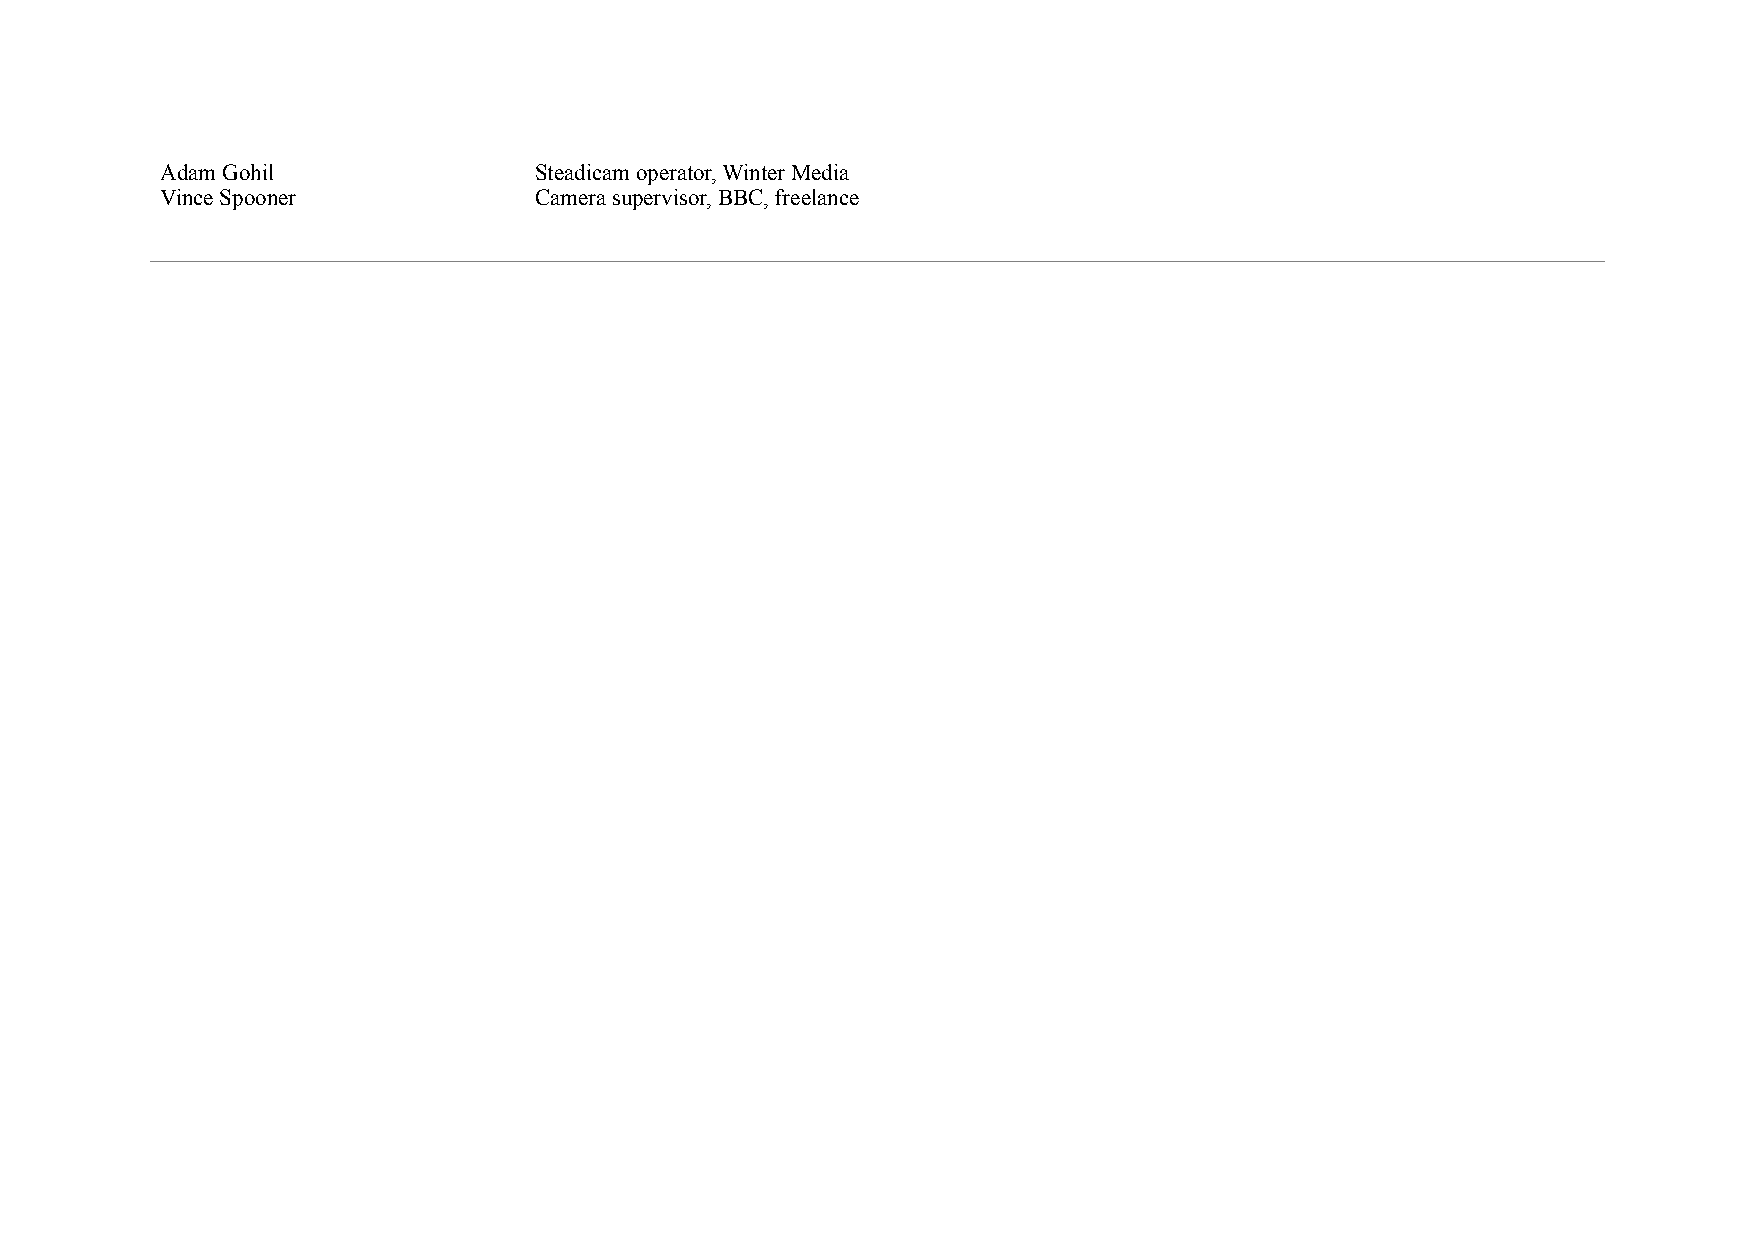
Adam Gohil              Steadicam operator, Winter Media
 Vince Spooner           Camera supervisor, BBC, freelance